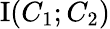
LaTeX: \operatorname{I}(C_{1};C_{2})